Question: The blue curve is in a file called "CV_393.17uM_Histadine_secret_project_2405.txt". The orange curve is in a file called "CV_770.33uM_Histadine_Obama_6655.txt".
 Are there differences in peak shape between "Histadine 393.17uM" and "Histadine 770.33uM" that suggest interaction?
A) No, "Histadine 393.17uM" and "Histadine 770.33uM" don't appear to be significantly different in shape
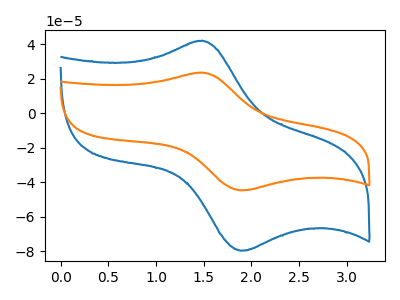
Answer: <think>The blue curve "Histadine 393.17uM" has an anodic peak at (1.50V, 42.05uA) and a cathodic peak at (1.90V, -79.65uA). The orange curve "Histadine 770.33uM" has an anodic peak at (1.50V, 23.60uA) and a cathodic peak at (1.90V, -44.65uA).
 All the peaks in "Histadine 393.17uM" have a peak in "Histadine 770.33uM" at the same potential. Every peak in "Histadine 393.17uM" is higher than every peak in "Histadine 770.33uM".</think>
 <answer>A) No, "Histadine 393.17uM" and "Histadine 770.33uM" don't appear to be significantly different in shape</answer>
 <eval>A</eval>